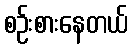
စဉ်းစားနေတယ်